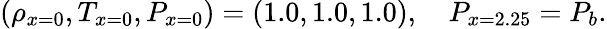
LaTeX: (\rho_{x=0},T_{x=0},P_{x=0})=(1.0,1.0,1.0),\quad P_{x=2.25}=P_{b}.